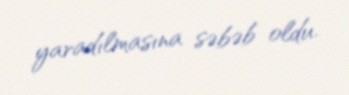
yaradılmasına səbəb oldu.